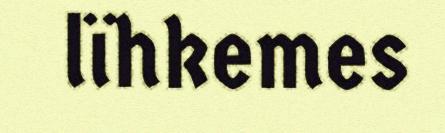
lïhkemes